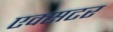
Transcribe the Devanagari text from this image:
एक्सटर